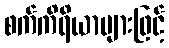
စက်ကိရိယာများဖြင့်